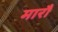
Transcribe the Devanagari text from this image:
मारौं